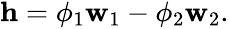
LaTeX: \begin{array}{r}{\mathbf{h}=\phi_{1}\mathbf{w}_{1}-\phi_{2}\mathbf{w}_{2}.}\end{array}